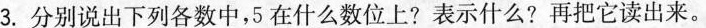
3.分别说出下列各数中，5在什么数位上?表示什么?再把它读出来。